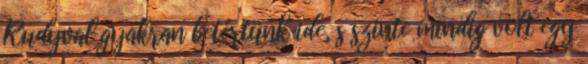
Rudyval gyakran betértünk ide, s szinte mindig volt egy